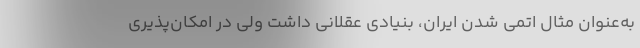
به‌عنوان مثال اتمی شدن ایران، بنیادی عقلانی داشت ولی در امکان‌پذیری